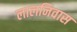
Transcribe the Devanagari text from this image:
लालनिवास